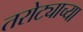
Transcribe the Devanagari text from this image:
तरोट्याच्या